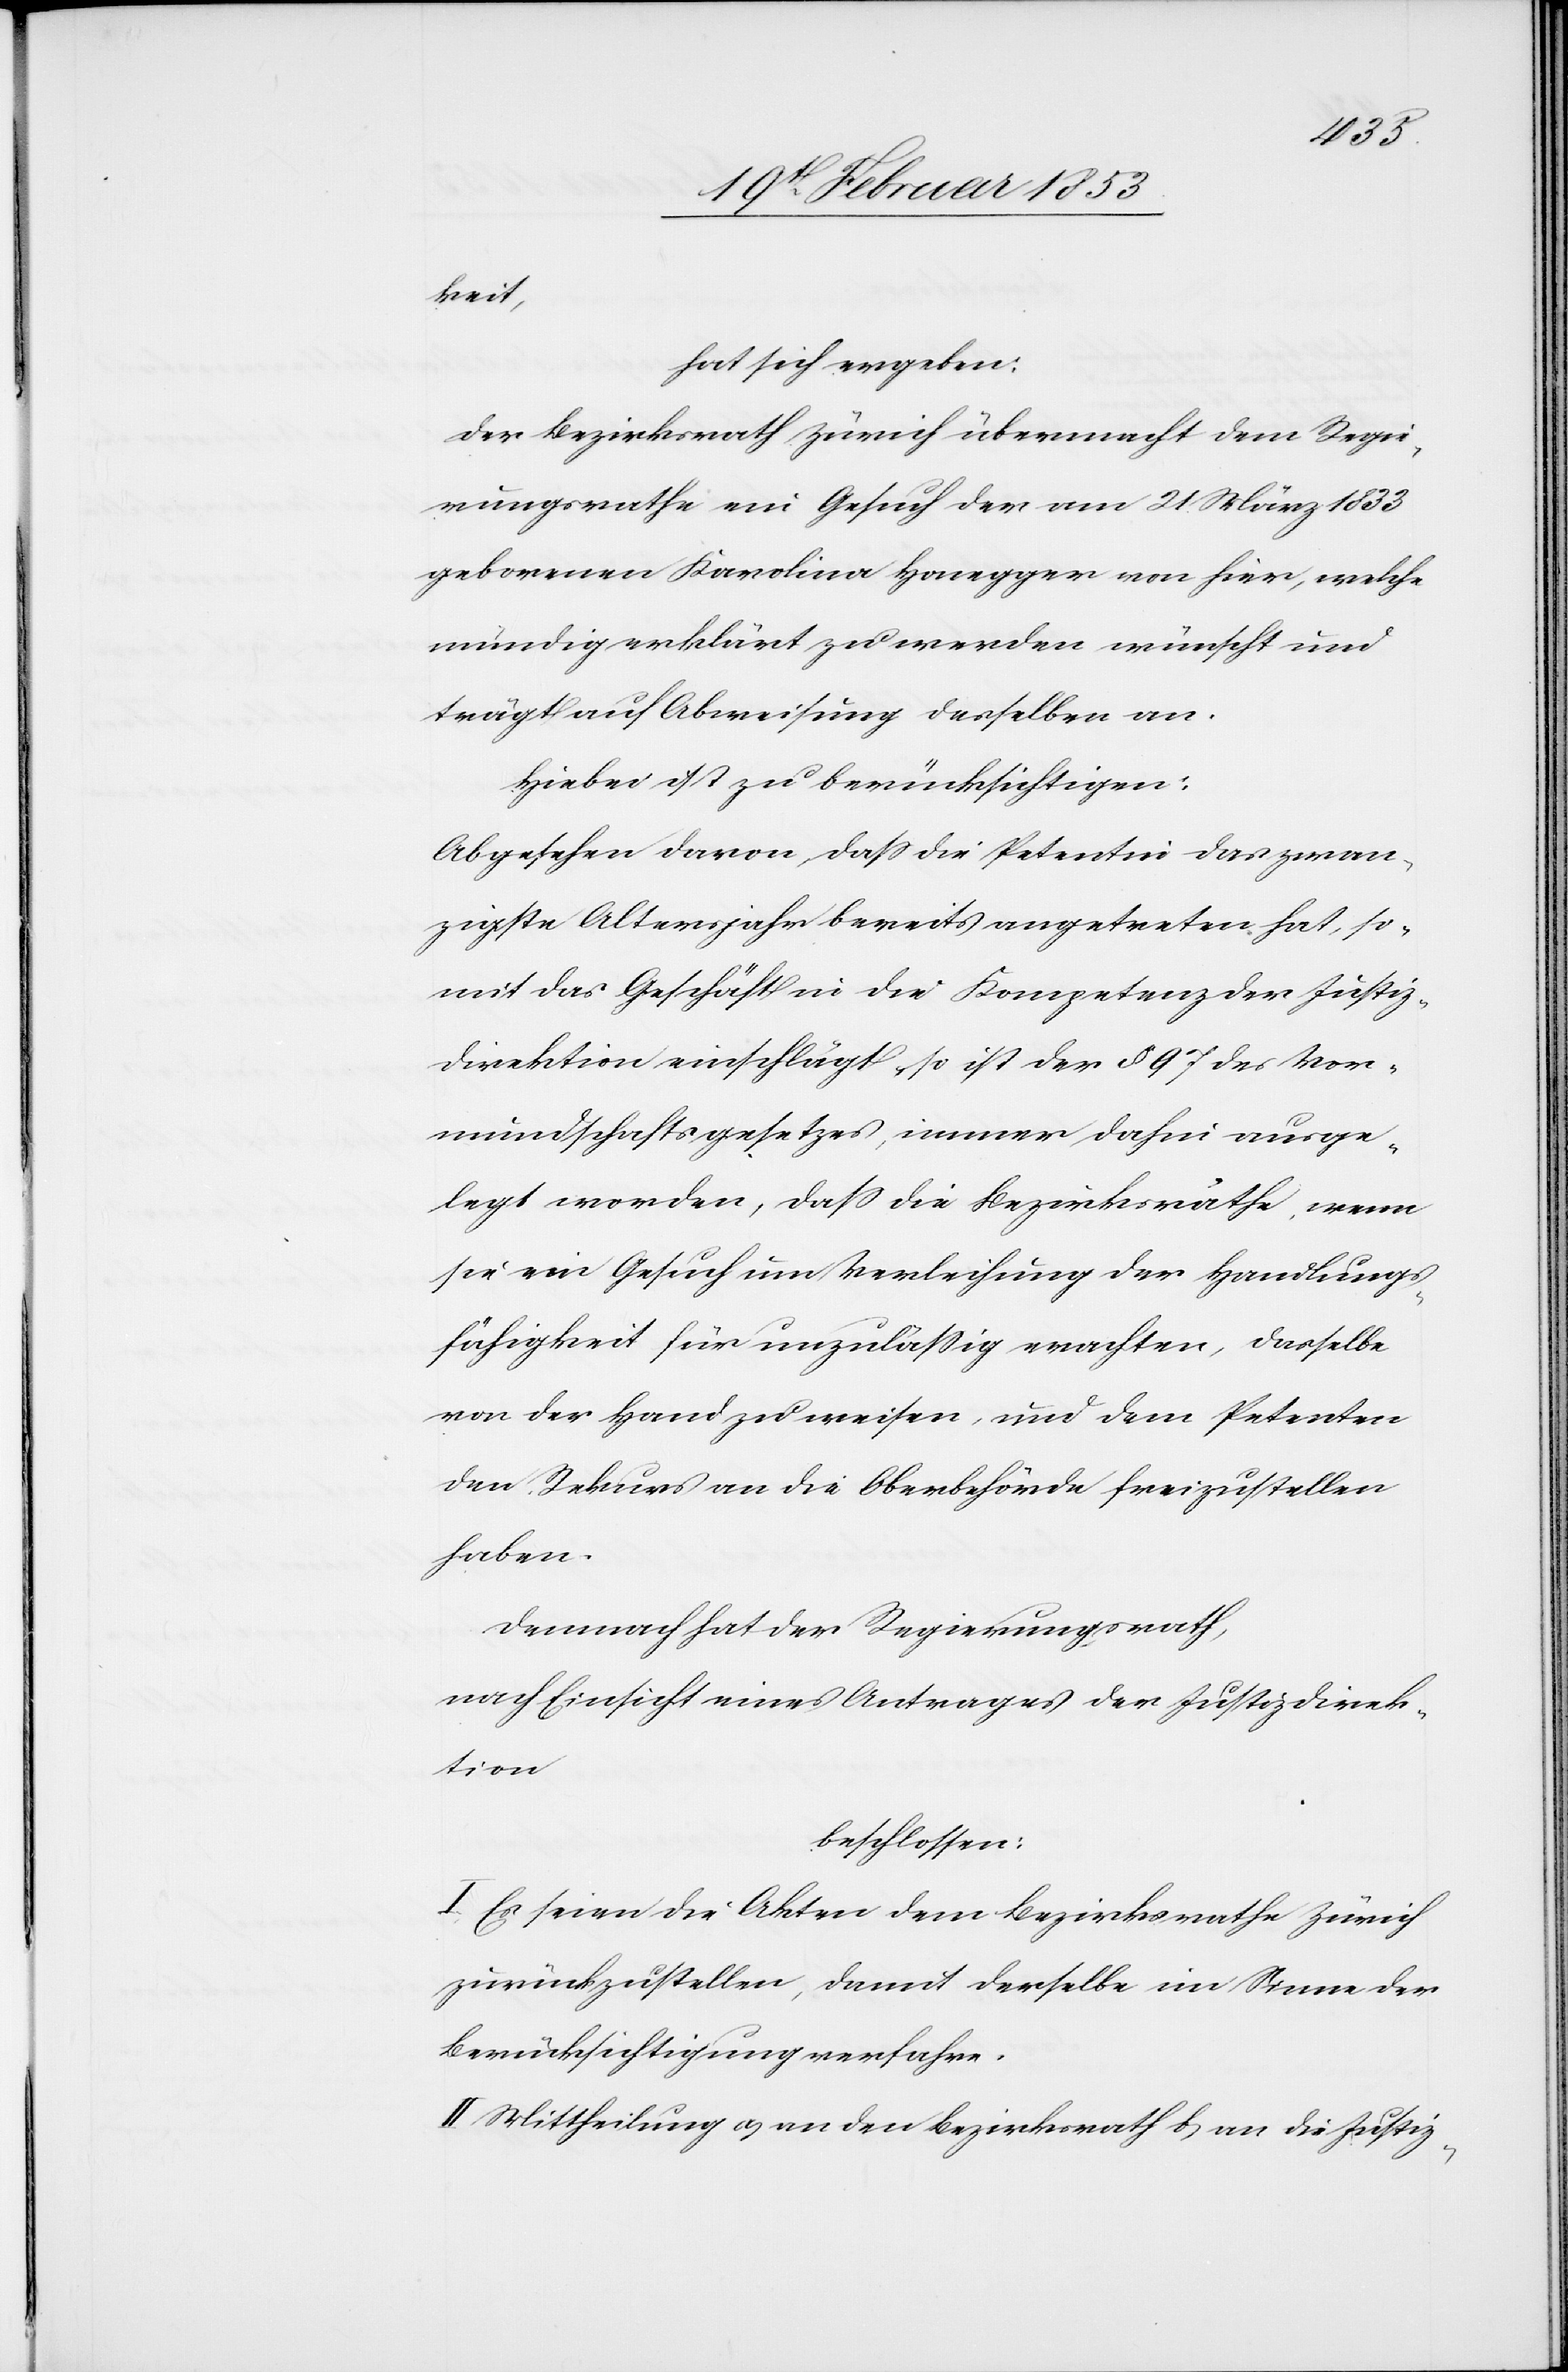
keit,
hat sich ergeben:
Der Bezirksrath Zürich übermacht dem Regie¬
rungsrathe ein Gesuch der am 21 März 1833
geborenen Karolina Honegger von hier, welche
mündig erklärt zu werden wünscht und
trägt auf Abweisung dasselbe an.
Hiebei ist zu berücksichtigen:
Abgesehen davon, daß die Petentin das zwan¬
zigste Altersjahr bereits angetreten hat, so¬
mit das Geschäft in die Kompetenz der Justiz¬
direktion einschlägt, so ist der § 97 des Vor¬
mundschaftsgesetzes, immer dahin ausge¬
legt worden, daß die Bezirksräthe, wenn
sie ein Gesuch um Verleihung der Handlungs¬
fähigkeit für unzulässig erachten, dasselbe
von der Hand zu weisen, und dem Petenten
den Rekurs an die Oberbehörde freizustellen
haben.
Demnach hat der Regierungsrath,
nach Einsicht eines Antrages der Justizdirek¬
tion
beschlossen:
I. Es seien die Akten dem Bezirksrathe Zürich
zurückzustellen, damit derselbe im Sinne der
Berücksichtigung verfahre.
II. Mittheilung a, an den Bezirksrath, b, an die Justiz-